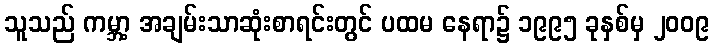
သူသည် ကမ္ဘာ့ အချမ်းသာဆုံးစာရင်းတွင် ပထမ နေရာ၌ ၁၉၉၅ ခုနှစ်မှ ၂၀၀၉